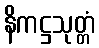
နိကဋ္ဌသုတ္တံ